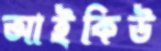
আইকিউ